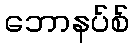
ဘောနပ်စ်